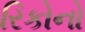
રિકોનો